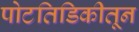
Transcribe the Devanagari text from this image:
पोटतिडिकीतून